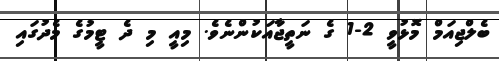
ބެލްޖިއަމް މޮޅުވީ 2-1 ގެ ނަތީޖާއަކުންނެވެ. މިއީ މި ދެ ޓީމުގެ މެދުގައި